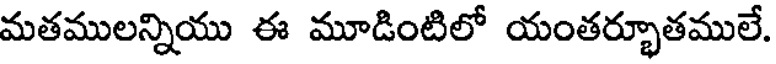
మతములన్నియు ఈ మూడింటిలో యంతర్భూతములే.